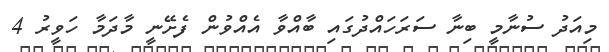
މިއަދު ސުނާމީ ބިނާ ސަރަހައްދުގައި ބާއްވާ އެއްވުން ފެށޭނީ މާދަމާ ހަވީރު 4